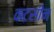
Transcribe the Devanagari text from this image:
कटसीन